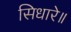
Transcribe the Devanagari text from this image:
सिधारे॥